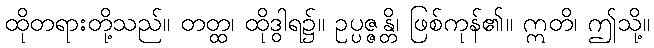
ထိုတရားတို့သည်။ တတ္ထ၊ ထိုဒွါရ၌။ ဥပ္ပဇ္ဇန္တိ၊ ဖြစ်ကုန်၏။ ဣတိ၊ ဤသို့။